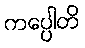
ကပ္ပေါတိ